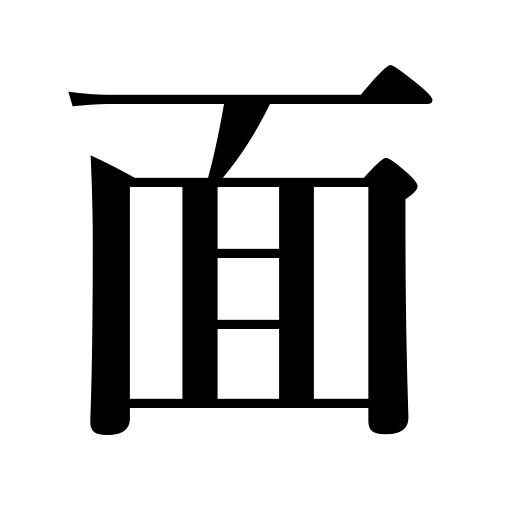
Meanings: face,facet,side,mask,face guard,honor,reputation,face features,aspect,phase,page,plane,corner of a board,surface